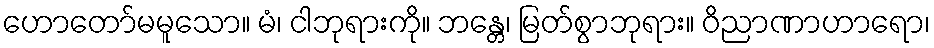
ဟောတော်မမူသော။ မံ၊ ငါဘုရားကို။ ဘန္တေ၊ မြတ်စွာဘုရား။ ဝိညာဏာဟာရော၊